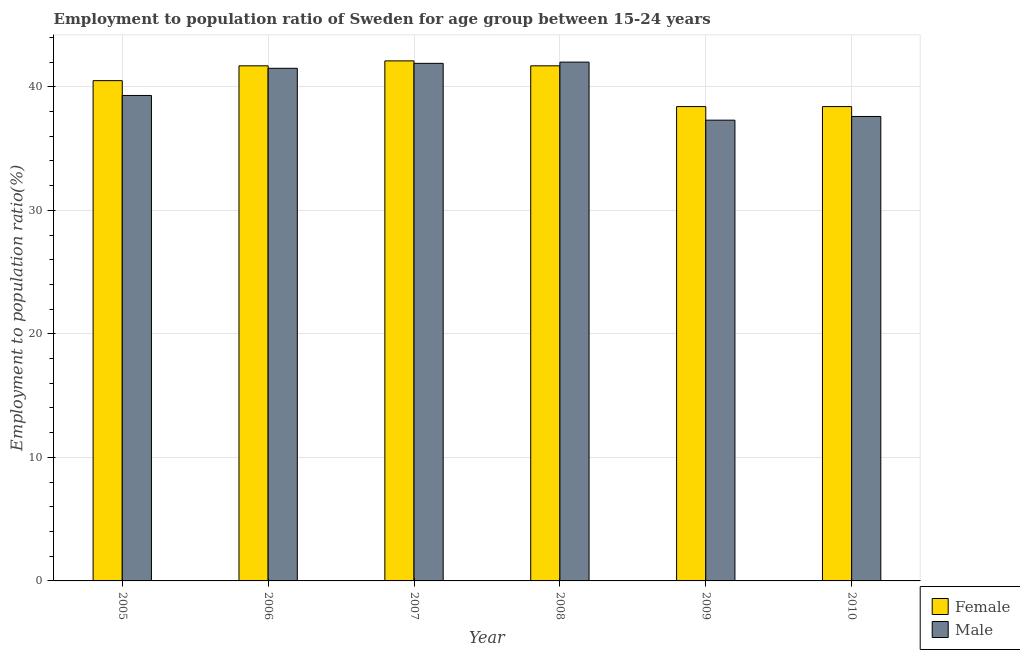
| Year | Female | Male |
 | --- | --- | --- |
 | 2005 | 40.5 | 39.3 |
 | 2006 | 41.7 | 41.5 |
 | 2007 | 42.1 | 41.9 |
 | 2008 | 41.7 | 42 |
 | 2009 | 38.4 | 37.3 |
 | 2010 | 38.4 | 37.6 |